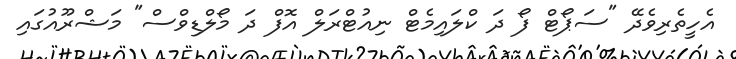
އެހީތެރިވެދޭ "ސަޕޯޓް ފޯ ދަ ކްލައިމެޓް ނިއުޓްރަލް އޮފް ދަ މޯލްޑިވްސް" މަޝްރޫއުގައި